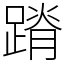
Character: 蹐